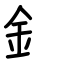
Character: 釒